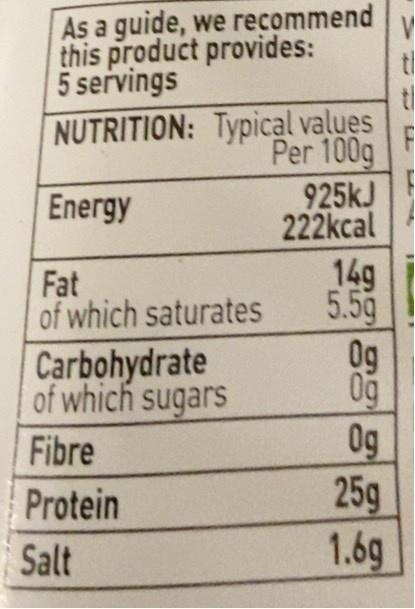
As a guide, we recommend this product provides:
5 servings
t/
NUTRITION: Typical values Per 100g
Energy
925KJ 222kcal
14g 5.5g Og 0ğ 0g
Fat of which saturates
Carbohydrate of which sugars
Fibre
25g 1.6g
Protein
Salt